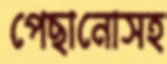
পেছানোসহ